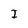
Character: I